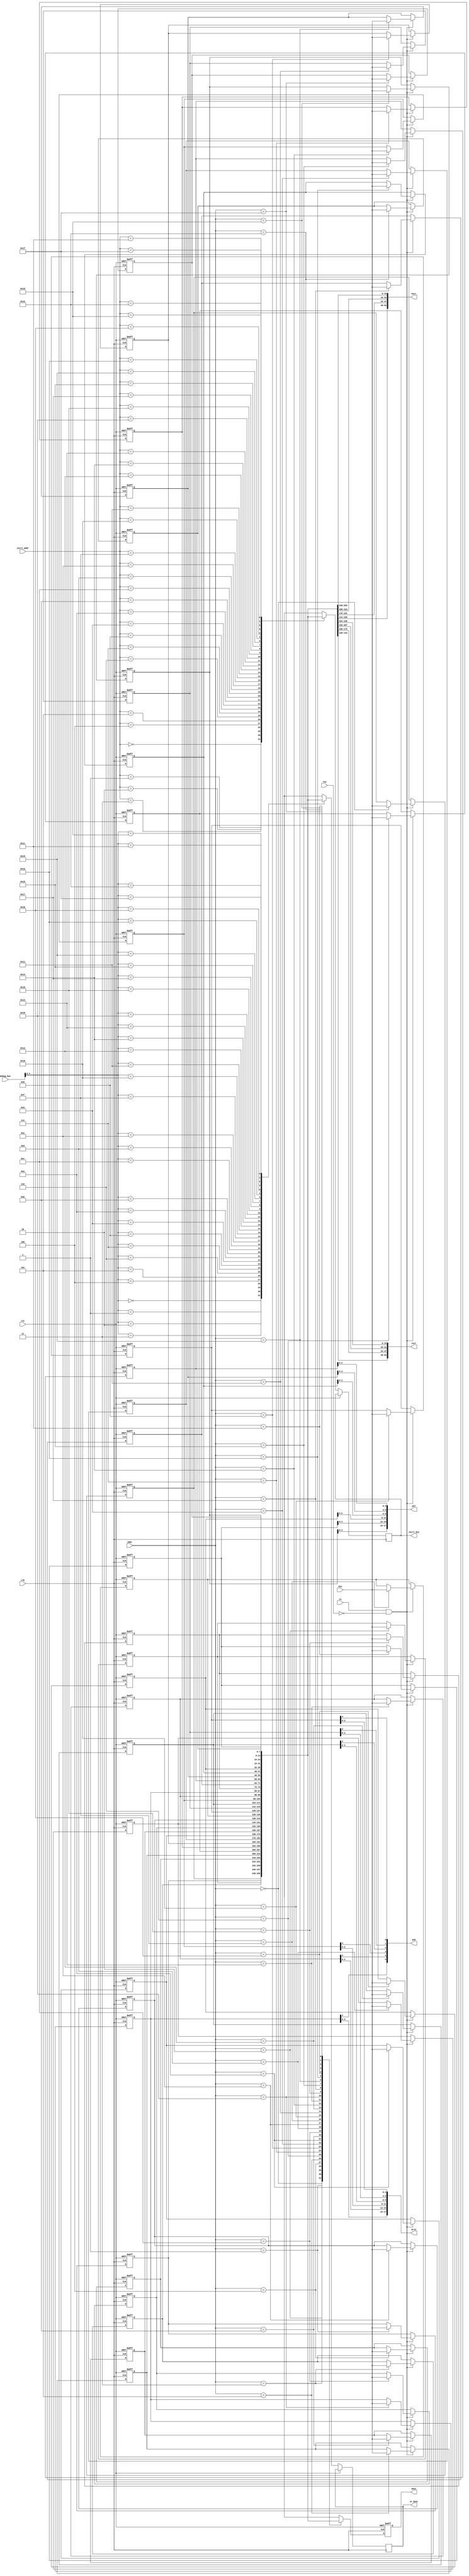
// This program was cloned from: https://github.com/MiSTeX-devel/MiSTeX-ports
// License: BSD 3-Clause "New" or "Revised" License

/*  This file is part of JTCORES.
    JTCORES program is free software: you can redistribute it and/or modify
    it under the terms of the GNU General Public License as published by
    the Free Software Foundation, either version 3 of the License, or
    (at your option) any later version.

    JTCORES program is distributed in the hope that it will be useful,
    but WITHOUT ANY WARRANTY; without even the implied warranty of
    MERCHANTABILITY or FITNESS FOR A PARTICULAR PURPOSE.  See the
    GNU General Public License for more details.

    You should have received a copy of the GNU General Public License
    along with JTCORES.  If not, see <http://www.gnu.org/licenses/>.

    Author: Jose Tejada Gomez. Twitter: @topapate
    Version: 1.0
    Date: 20-10-2023 */

module jtshouse_scr_mmr(
    input             rst,
    input             clk,

    input             cs,
    input       [4:0] addr,
    input             rnw,
    input       [7:0] din, 
    output reg  [7:0] dout,
    
    output    [63:0] hscr,
    output    [63:0] vscr,
    output    [5:0] enb,
    output    [17:0] prio,
    output    [17:0] pal,

    // IOCTL dump
    input      [4:0] ioctl_addr,
    output reg [7:0] ioctl_din,
    // Debug
    input      [7:0] debug_bus,
    output reg [7:0] st_dout
);

parameter SIMFILE="rest.bin",
          SEEK=0;

localparam SIZE=32;

reg  [ 7:0] mmr[0:SIZE-1];
integer     i;

assign hscr = { 
    mmr[12][7:0],
    mmr[13][7:0],
    mmr[8][7:0],
    mmr[9][7:0],
    mmr[4][7:0],
    mmr[5][7:0],
    mmr[0][7:0],
    mmr[1][7:0], {0{1'b0}}  // finish off without a comma
    };

assign vscr = { 
    mmr[14][7:0],
    mmr[15][7:0],
    mmr[10][7:0],
    mmr[11][7:0],
    mmr[6][7:0],
    mmr[7][7:0],
    mmr[2][7:0],
    mmr[3][7:0], {0{1'b0}}  // finish off without a comma
    };

assign enb = { 
    mmr[21][3],
    mmr[20][3],
    mmr[19][3],
    mmr[18][3],
    mmr[17][3],
    mmr[16][3], {0{1'b0}}  // finish off without a comma
    };

assign prio = { 
    mmr[21][2:0],
    mmr[20][2:0],
    mmr[19][2:0],
    mmr[18][2:0],
    mmr[17][2:0],
    mmr[16][2:0], {0{1'b0}}  // finish off without a comma
    };

assign pal = { 
    mmr[29][2:0],
    mmr[28][2:0],
    mmr[27][2:0],
    mmr[26][2:0],
    mmr[25][2:0],
    mmr[24][2:0], {0{1'b0}}  // finish off without a comma
    };


always @(posedge clk, posedge rst) begin
    if( rst ) begin
    `ifndef SIMULATION
        // no mechanism for default values yet
        mmr[0] <= 0;
        mmr[1] <= 0;
        mmr[2] <= 0;
        mmr[3] <= 0;
        mmr[4] <= 0;
        mmr[5] <= 0;
        mmr[6] <= 0;
        mmr[7] <= 0;
        mmr[8] <= 0;
        mmr[9] <= 0;
        mmr[10] <= 0;
        mmr[11] <= 0;
        mmr[12] <= 0;
        mmr[13] <= 0;
        mmr[14] <= 0;
        mmr[15] <= 0;
        mmr[16] <= 0;
        mmr[17] <= 0;
        mmr[18] <= 0;
        mmr[19] <= 0;
        mmr[20] <= 0;
        mmr[21] <= 0;
        mmr[22] <= 0;
        mmr[23] <= 0;
        mmr[24] <= 0;
        mmr[25] <= 0;
        mmr[26] <= 0;
        mmr[27] <= 0;
        mmr[28] <= 0;
        mmr[29] <= 0;
        mmr[30] <= 0;
        mmr[31] <= 0;
    `else
        for(i=0;i<SIZE;i++) mmr[i] <= mmr_init[i];
    `endif 
    dout <= 0;
    end else begin
        dout      <= mmr[addr];
        st_dout   <= mmr[debug_bus[4:0]];
        ioctl_din <= mmr[ioctl_addr];
        if( cs & ~rnw ) begin
            mmr[addr]<=din;
        end
    end
end

`ifdef SIMULATION
/* verilator tracing_off */
integer f, fcnt, err;
reg [7:0] mmr_init[0:SIZE-1];
initial begin
    f=$fopen(SIMFILE,"rb");
    err=$fseek(f,SEEK,0);
    if( f!=0 && err!=0 ) begin
        $display("Cannot seek file rest.bin to offset 0x%0X (%0d)",SEEK,SEEK);
    end
    if( f!=0 ) begin
        fcnt=$fread(mmr_init,f);
        $display("MMR %m - read %0d bytes from offset %0d",fcnt,SEEK);
        if( fcnt!=SIZE ) begin
            $display("WARNING: Missing %d bytes for %m.mmr",SIZE-fcnt);
        end else begin
            $display("\thscr = %X",{  mmr[12][7:0], mmr[13][7:0], mmr[8][7:0], mmr[9][7:0], mmr[4][7:0], mmr[5][7:0], mmr[0][7:0], mmr[1][7:0],{0{1'b0}}});
            $display("\tvscr = %X",{  mmr[14][7:0], mmr[15][7:0], mmr[10][7:0], mmr[11][7:0], mmr[6][7:0], mmr[7][7:0], mmr[2][7:0], mmr[3][7:0],{0{1'b0}}});
            $display("\tenb = %X",{  mmr[21][3], mmr[20][3], mmr[19][3], mmr[18][3], mmr[17][3], mmr[16][3],{0{1'b0}}});
            $display("\tprio = %X",{  mmr[21][2:0], mmr[20][2:0], mmr[19][2:0], mmr[18][2:0], mmr[17][2:0], mmr[16][2:0],{0{1'b0}}});
            $display("\tpal = %X",{  mmr[29][2:0], mmr[28][2:0], mmr[27][2:0], mmr[26][2:0], mmr[25][2:0], mmr[24][2:0],{0{1'b0}}});
        end
    end
    $fclose(f);
end
`endif

endmodule